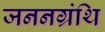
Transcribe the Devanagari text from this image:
जननग्रंथि